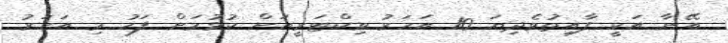
އޭނާ އަކީ ފާއިތުވެދިޔަ 10 އަހަރު ވިކްޓަރީއަށް ކުޅުމަށް ފަހު މި އަހަރު